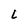
Character: L